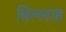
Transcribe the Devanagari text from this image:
बिल्लाह